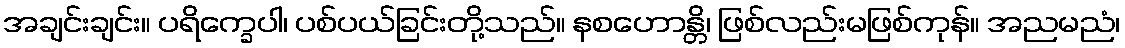
အချင်းချင်း။ ပရိက္ခေပါ၊ ပစ်ပယ်ခြင်းတို့သည်။ နစဟောန္တိ၊ ဖြစ်လည်းမဖြစ်ကုန်။ အညမညံ၊